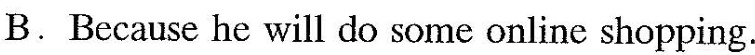
B.Because he will do some online shopping.